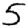
Digit: 5